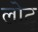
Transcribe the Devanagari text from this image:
लोटू